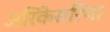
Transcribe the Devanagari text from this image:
अरिकेसरिचा